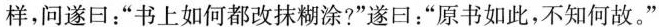
样，问遂曰：”书上如何都改抹糊涂?”遂曰：”原书如此，不知何故。”